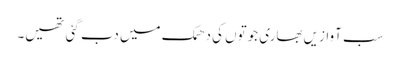
سب آوازیں بھاری جوتوں کی دھمک میں دب گئی تھیں۔